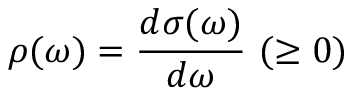
\rho ( \omega ) = \frac { d \sigma ( \omega ) } { d \omega } ~ ( \ge 0 )